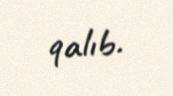
qalıb.